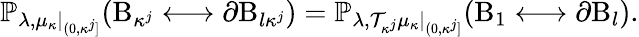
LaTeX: \mathbb{P}_{\lambda,\mu_{\kappa}|_{(0,\kappa^{j}]}}(\mathrm B_{\kappa^{j}}\longleftrightarrow\partial\mathrm B_{l\kappa^{j}})=\mathbb{P}_{\lambda,\mathcal{T}_{\kappa^{j}}\mu_{\kappa}|_{(0,\kappa^{j}]}}(\mathrm B_{1}\longleftrightarrow\partial\mathrm B_{l}).